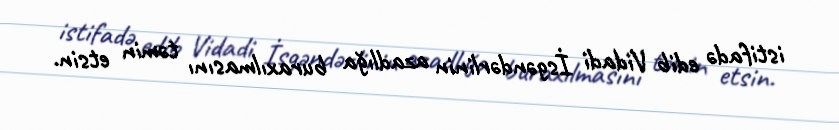
istifadə edib Vidadi İsgəndərlinin azadlığa buraxılmasını təmin etsin.